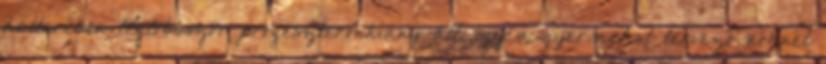
hátterében legtöbbször progeszteronhiány áll, így a gyermeket tervező nőknél